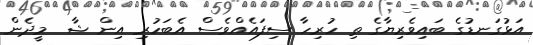
އަޅުގަނޑުގެ ބައިވެރިޔާގެ ތި ހުރިހާ ސިފައެއްވެސް އެބަހުރި އިން ޝާ  މީދެން